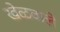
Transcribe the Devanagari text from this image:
खेळवाले